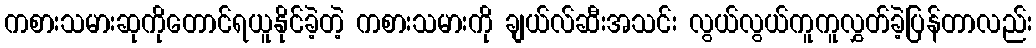
ကစားသမားဆုကိုတောင်ရယူနိုင်ခဲ့တဲ့ ကစားသမားကို ချယ်လ်ဆီးအသင်း လွယ်လွယ်ကူကူလွှတ်ခဲ့ပြန်တာလည်း